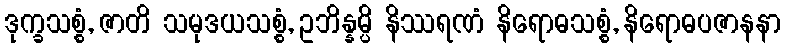
ဒုက္ခသစ္စံ, ဇာတိ သမုဒယသစ္စံ, ဥဘိန္နမ္ပိ နိဿရဏံ နိရောဓသစ္စံ, နိရောဓပဇာနနာ